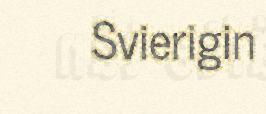
Svierigin